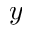
y